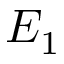
E _ { 1 }